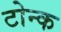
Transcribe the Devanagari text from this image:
टोन्क